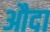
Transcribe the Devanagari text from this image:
औदा